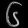
Digit: ၆